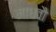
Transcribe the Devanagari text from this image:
माधवौ